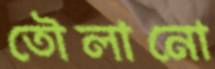
তৌলানো